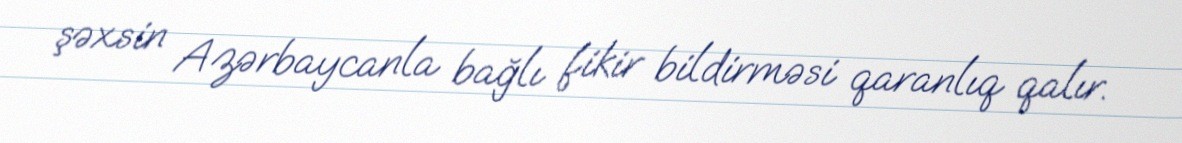
şəxsin Azərbaycanla bağlı fikir bildirməsi qaranlıq qalır.